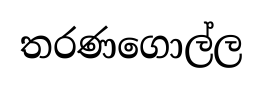
තරණගොල්ල